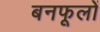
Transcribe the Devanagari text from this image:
बनफूलों